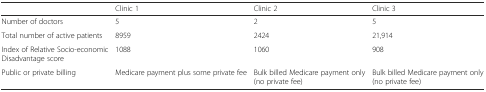
|  | Clinic 1 | Clinic 2 | Clinic 3 |
 | --- | --- | --- | --- |
 | Number of doctors | 5 | 2 | 5 |
 | Total number of active patients | 8959 | 2424 | 21,914 |
 | Index of Relative Socio-economic Disadvantage score | 1088 | 1060 | 908 |
 | Public or private billing | Medicare payment plus some private fee | Bulk billed Medicare payment only (no private fee) | Bulk billed Medicare payment only (no private fee) |